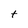
Character: t